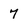
Character: 7